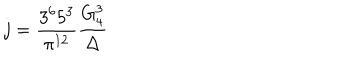
j = \frac { 3 ^ { 6 } 5 ^ { 3 } } { \pi ^ { 1 2 } } \frac { G _ { 4 } ^ { 3 } } { \Delta }